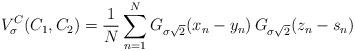
LaTeX: \begin{align*}V^{C}_{\sigma}(C_{1},C_{2}) = \frac{1}{N}\sum\limits_{n=1}^N G_{\sigma \sqrt{2}}(x_{n} - y_{n}) \,G_{\sigma \sqrt{2} }(z_{n} - s_{n}) \end{align*}